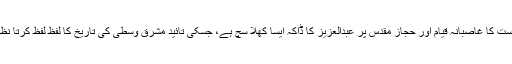
سعودی ریاست کا غاصبانہ قیام اور حجاز مقدس پر عبدالعزیز کا ڈاکہ ایسا کھلا سچ ہے، جسکی تائید مشرق وسطیٰ کی تاریخ کا لفظ لفظ کرتا نظر آ رہا ہے۔